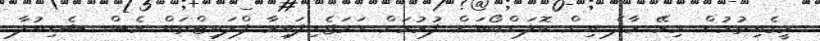
މީގެއިތުރުން މިރޭ މާލެ އިން ކޮލަންބޯއަށް ފުރުމަށް ހަމަޖެހިފައިވާ ފްލައިޓްތައް ވެސް ޝެޑިއުލާ